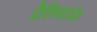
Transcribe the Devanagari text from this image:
पैलिसाडेस